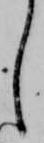
し